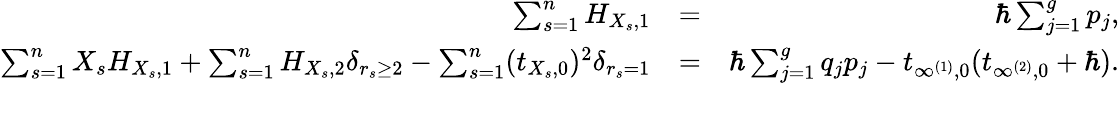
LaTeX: \begin{array}{rlr}{\sum_{s=1}^{n}H_{X_{s},1}}&{=}&{\hbar\sum_{j=1}^{g}p_{j},}\\ {\sum_{s=1}^{n}X_{s}H_{X_{s},1}+\sum_{s=1}^{n}H_{X_{s},2}\delta_{r_{s}\geq 2}-\sum_{s=1}^{n}(t_{X_{s},0})^{2}\delta_{r_{s}=1}}&{=}&{\hbar\sum_{j=1}^{g}q_{j}p_{j}-t_{\infty^{(1)},0}(t_{\infty^{(2)},0}+\hbar).}\\ &{}&\end{array}